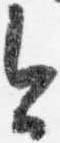
今